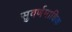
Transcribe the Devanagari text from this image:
सुवर्णमाक्षिक